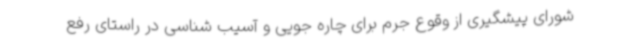
شورای پیشگیری از وقوع جرم برای چاره جویی و آسیب شناسی در راستای رفع